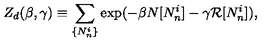
Z _ { d } ( \beta , \gamma ) \equiv \sum _ { \{ N _ { n } ^ { i } \} } \exp ( - \beta N [ N _ { n } ^ { i } ] - \gamma { \cal R } [ N _ { n } ^ { i } ] ) ,